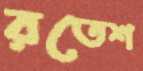
রতেশ